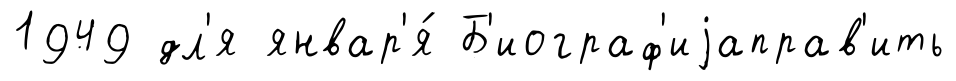
1949 дл'я январ'я́ Б'иограф'иjаправ'ить